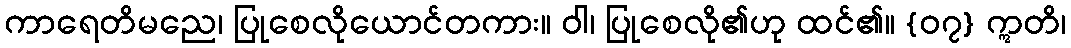
ကာရေတိမညေ၊ ပြုစေလိုယောင်တကား။ ဝါ၊ ပြုစေလို၏ဟု ထင်၏။ {၀၇} ဣတိ၊